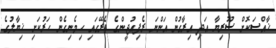
ޚާއްސަކޮށް ސޫރިޔާ އަދި އިރާގުން އަންނަ ރެފިއުޖީންގެ ތެރޭގައި ހިމެނިގެން ހަރުކަށި ޚިޔާލުގެ